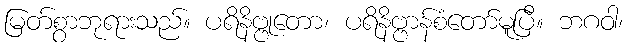
မြတ်စွာဘုရားသည်။ ပရိနိဗ္ဗုတော၊ ပရိနိဗ္ဗာန်စံတော်မူပြီ။ ဘဂဝါ၊